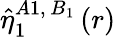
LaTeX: \hat{\eta}_{1}^{A1,\, B_{1}}\left(r\right)